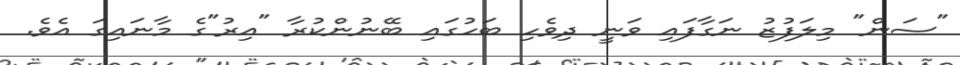
"ސަން" މިލަފުޒު ނަގާފައި ވަނީ ދިވެހި ބަހުގައި ބޭނުންކުރާ "އިރު"ގެ މާނައިގަ އެވެ.